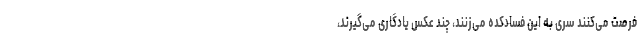
فرصت می‌کنند سری به این فسادکده می‌زنند، چند عکس یادگاری می‌گیرند،